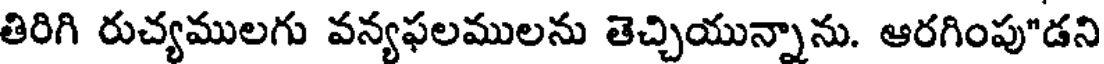
తిరిగి రుచ్యములగు వన్యఫలములను తెచ్చియున్నాను. ఆరగింపు"డని